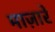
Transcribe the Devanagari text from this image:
माज़ारें